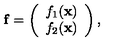
{ \bf f } = \left( \begin{array} { c } { f _ { 1 } ( { \bf x } ) } \\ { f _ { 2 } ( { \bf x } ) } \\ \end{array} \right) ,